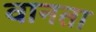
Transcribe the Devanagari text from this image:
वानता